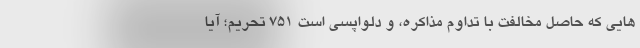
هایی که حاصل مخالفت با تداوم مذاکره، و دلواپسی است ۷۵۱ تحریم؛ آیا